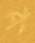
প